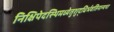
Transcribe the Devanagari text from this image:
निक्षिपेदस्थिमध्येतुशुद्धिर्भवतिनान्यथा